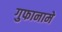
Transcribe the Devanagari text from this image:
गुफानामे